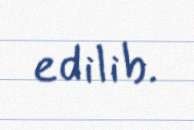
edilib.